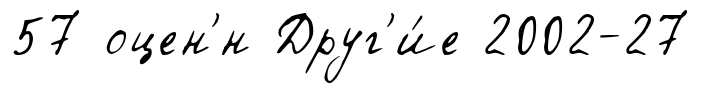
57 оцен'́н Друг'и́е 2002-27